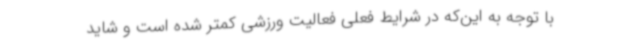
با توجه به این‌که در شرایط فعلی فعالیت ورزشی کمتر شده است و شاید